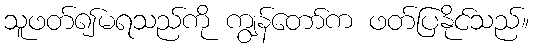
သူဖတ်၍မရသည်ကို ကျွန်တော်က ဖတ်ပြနိုင်သည်။